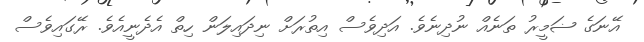
އޭނަގެ ޟަމީރު ތަނެއް ނުދިނެވެ. އަދިވެސް އިތުރަށް ނިދައިލަން ހިތް އެދެނީއެވެ. ރޭގައިވެސް